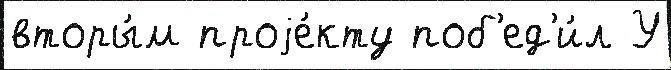
вторы́м проjе́кту поб'ед'и́л У